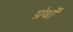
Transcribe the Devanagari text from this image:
ग्रंर्थों